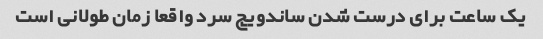
یک ساعت برای درست شدن ساندویچ سرد واقعا زمان طولانی است